Rangoon Lunatic Asylum 1898-1906 - 1898-1906
Year: 1898
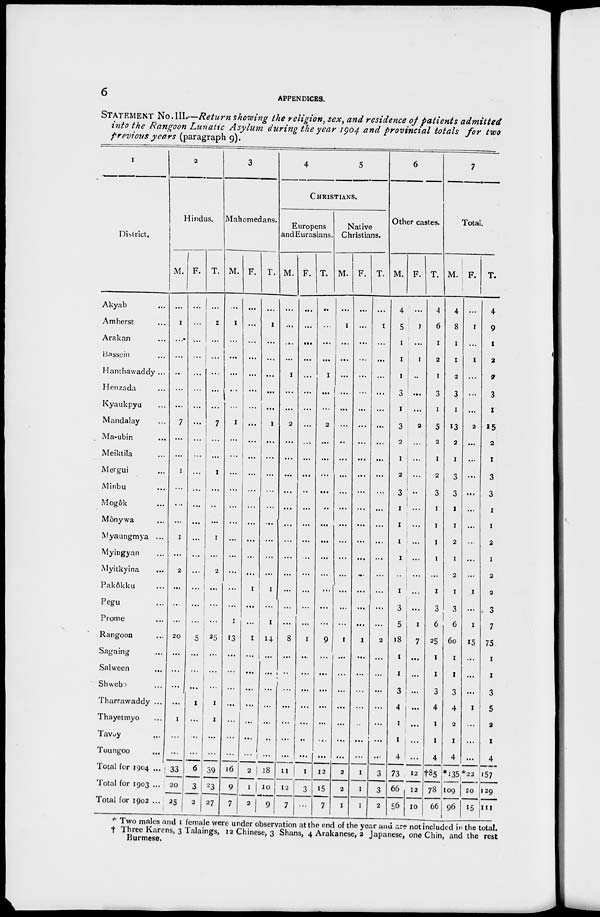
6
APPENDICES.
STATEMENT No. III.—Return showing the religion, sex, and residence of patients admitted
into the Rangoon Lunatic Asylum during the year 1904 and provincial totals for two
previous years (paragraph 9).
1
District.
Akyab ...
Amherst ...
Arakan ...
Bassein ...
Hanthawaddy ...
Henzada ...
Kyaukpyu ...
Mandalay ...
Ma-ubin ...
Meiktila ...
Mergui ...
Minbu ...
Mogôk ...
Mônywa ...
Myaungmya ...
Myingyan ...
Myitkyina ...
Pakôkku ...
Pegu ...
Prome ...
Rangoon ...
Sagaing ...
Salween ...
Shweb ...
Tharrawaddy ...
Thayetmyo ...
Tavoy ...
Toungoo ...
Total for 1904 ...
Total for 1903 ...
Total for 1902 ...
2
Hindus.
M.
...
1
...
...
...
...
...
7
...
...
1
...
...
...
1
...
2
...
...
...
20
...
...
...
...
1
...
...
33
20
25
F.
...
...
...
...
...
...
...
...
...
...
...
...
...
...
...
...
...
...
...
...
5
...
...
...
1
...
...
...
6
3
2
T.
...
1
...
...
...
...
...
7
...
...
1
...
...
...
1
...
2
...
...
...
25
...
...
...
1
1
...
...
39
23
27
3
Mahomedans.
M.
...
1
...
...
...
...
...
1
...
...
...
...
...
...
...
...
...
...
...
1
13
...
...
...
...
...
...
...
16
9
7
F.
...
...
...
...
...
...
...
...
...
...
...
...
...
...
...
...
...
1
...
...
1
...
...
...
...
...
...
...
2
1
2
T.
...
1
...
...
...
...
...
1
...
...
...
...
...
...
...
...
...
1
...
1
14
...
...
...
...
...
...
...
18
10
9
4
5
CHRISTIANS.
Europens
and Eurasians.
M.
...
...
...
...
1
...
...
2
...
...
...
...
...
...
...
...
...
...
...
...
8
...
...
...
...
...
...
...
11
12
7
F.
...
...
...
...
...
...
...
...
...
...
...
...
...
...
...
...
...
...
...
...
1
...
...
...
...
...
...
...
1
3
...
T.
...
...
...
...
1
...
...
2
...
...
...
...
...
...
...
...
...
...
...
...
9
...
...
...
...
...
...
...
12
15
7
Native
Christians.
M.
...
1
...
...
...
...
...
...
...
...
...
...
...
...
...
...
...
...
...
...
1
...
...
...
...
...
...
...
2
2
1
F.
...
...
...
...
...
...
...
...
...
...
...
...
...
...
...
...
...
...
...
...
1
...
...
...
...
...
...
...
1
1
1
T.
...
1
...
...
...
...
...
...
...
...
...
...
...
...
...
...
...
...
...
...
2
...
...
...
...
...
...
...
3
3
2
6
Other castes.
M.
4
5
1
1
1
3
1
3
2
1
2
3
1
1
1
1
...
1
3
5
18
1
1
3
4
1
1
4
73
66
56
F.
...
1
...
1
...
...
...
2
...
...
...
...
...
...
...
...
...
...
...
1
7
...
...
...
...
...
...
...
12
12
10
T.
4
6
1
2
1
3
1
5
2
1
2
3
1
1
1
1
...
1
3
6
25
1
1
3
4
1
1
4
†85
78
66
7
Total.
M.
4
8
1
1
2
3
1
13
2
1
3
3
1
1
2
1
2
1
3
6
60
1
1
3
4
2
1
4
*135
109
96
F.
...
1
...
1
...
...
...
2
...
...
...
...
...
...
...
...
...
1
...
1
15
...
...
...
1
...
...
...
*22
20
15
T.
4
9
1
2
2
3
1
15
2
1
3
3
1
1
2
1
2
2
3
7
75
1
1
3
5
2
1
4
157
129
111
* Two males and 1 female were under observation at the end of the year and are not included in the total.
† Three Karens, 3 Talaings, 12 Chinese, 3 Shans, 4 Arakanese, 2 Japanese, one Chin, and the rest
Burmese.